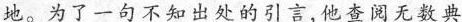
地。为了一句不知出处的引言，他查阅无数典